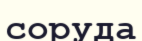
соруда